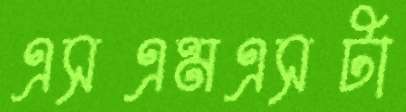
এসএমএসটা